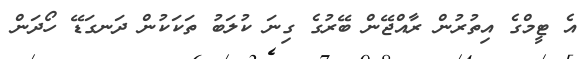
އެ ޓީމްގެ އިތުރުން ރާއްޖޭން ބޭރުގެ ގިނަ ކުލަބު ތަކަކުން ދަނގަޑޭ ހޯދަން